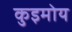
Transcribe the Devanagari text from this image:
कुइमोय